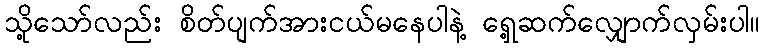
သို့သော်လည်း စိတ်ပျက်အားငယ်မနေပါနဲ့ ရှေ့ဆက်လျှောက်လှမ်းပါ။